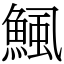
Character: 鯴